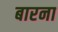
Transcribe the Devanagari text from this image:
बारना